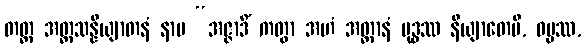
တတ္ထ အတ္တသန္နိယျာတနံ နာမ “အဇ္ဇာဒိံ ကတွာ အဟံ အတ္တာနံ ဗုဒ္ဓဿ နိယျာတေမိ, ဓမ္မဿ,